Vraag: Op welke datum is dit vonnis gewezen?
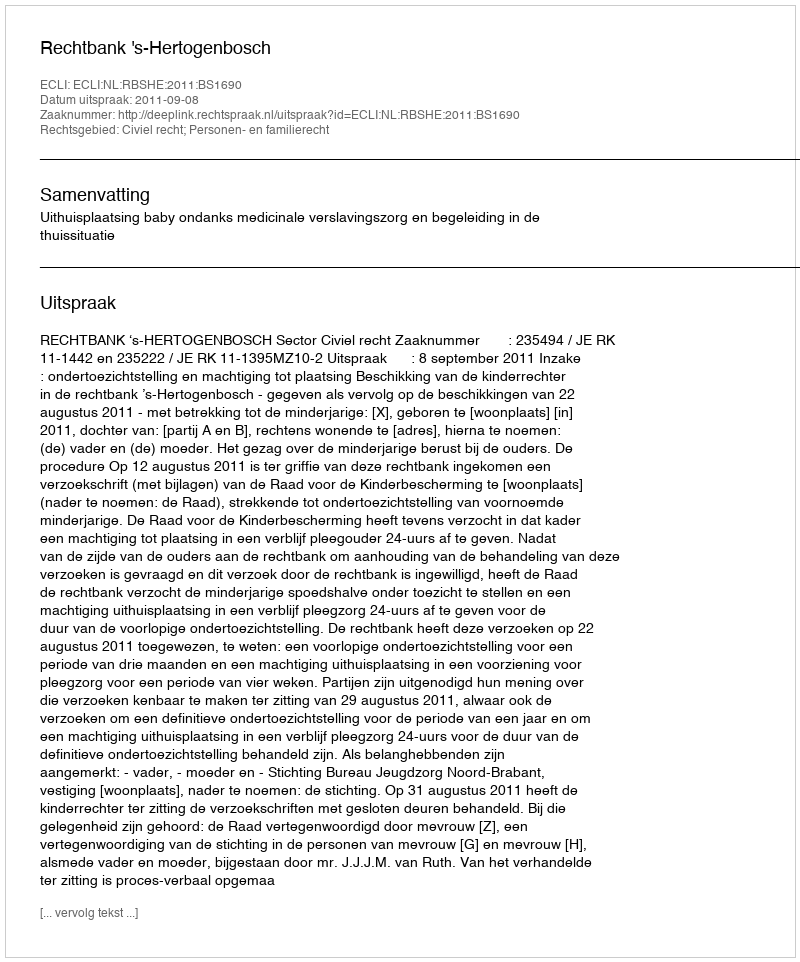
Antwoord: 2011-09-08